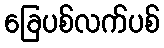
ခြေပစ်လက်ပစ်